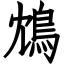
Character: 鴆